Scottish Certificate of Education, 1963
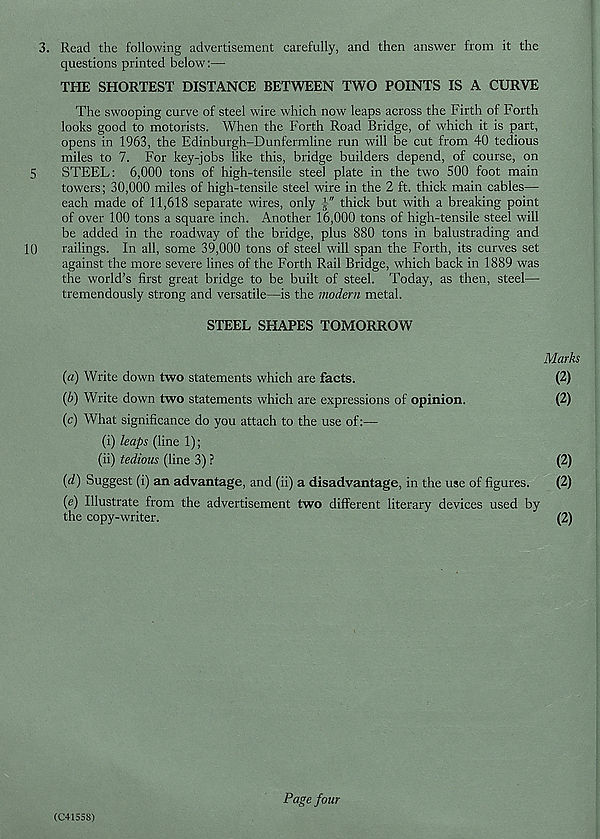
3. Read the following advertisement carefully, and then answer from it the
questions printed below:—
THE SHORTEST DISTANCE BETWEEN TWO POINTS IS A CURVE
The swooping curve of steel wire which now leaps across the Firth of Forth
looks good to motorists. When the Forth Road Bridge, of which it is part,
opens in 1963, the Edinburgh-Dunfermline run will be cut from 40 tedious
miles to 7. For key-jobs like this, bridge builders depend, of course, on
5
STEEL: 6,000 tons of high-tensile steel plate in the two 500 foot main
towers; 30,000 miles of high-tensile steel wire in the 2 ft. thick main cables—
each made of 11,618 separate wires, only
thick but with a breaking point
of over 100 tons a square inch. Another 16,000 tons of high-tensile steel will
be added in the roadway of the bridge, plus 880 tons in balustrading and
10
railings. In all, some 39,000 tons of steel will span the Forth, its curves set
against the more severe lines of the Forth Rail Bridge, which back in 1889 was
the world’s first great bridge to be built of steel. Today, as then, steel—
tremendously strong and versatile—is the modern metal.
STEEL SHAPES TOMORROW
Marks
(а) Write down two statements which are facts.
(2)
(б) Write down two statements which are expressions of opinion.
(2)
(c) What significance do you attach to the use of:—
(i) leaps (line 1);
(ii) tedious (line 3) ?
(2)
{d) Suggest (i) an advantage, and (ii) a disadvantage, in the use of figures.
(2)
(e) Illustrate from the advertisement two different literary devices used by
the copy-writer.
’
^ (2)
(C+155S)
Page four